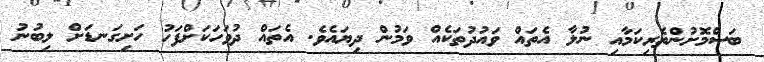
ބަސްމޮށުންތެރިކަމާއި ނުލާ އެތައް ވައުދުތަކެއް ވަމުން ދިޔައެވެ. އެތައް ދުވަހަކަށްފަހު ހަށިގަނޑަށް ލިބުނު